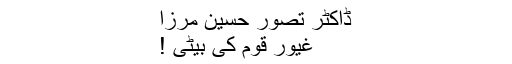
ڈاکٹر تصور حسین مرزا
غیور قوم کی بیٹی !